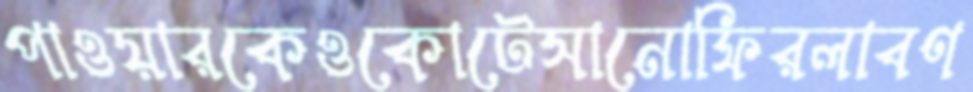
পাওয়ারকেওকোটেসানোফিরলাবণ